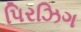
પિરઝિગ